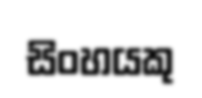
සිංහයකු